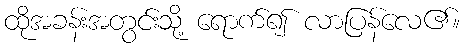
ထိုအခန်းအတွင်းသို့ ရောက်၍ လာပြန်လေ၏။